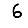
Digit: 6